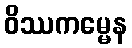
ဝိဿကမ္မေန